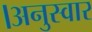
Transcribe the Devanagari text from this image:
।अनुस्वार